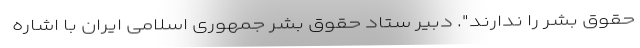
حقوق بشر را ندارند". دبیر ستاد حقوق بشر جمهوری اسلامی ایران با اشاره